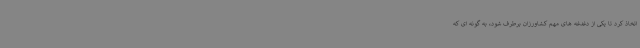
اتخاذ کرد تا یکی از دغدغه های مهم کشاورزان برطرف شود، به گونه ای که